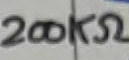
Text: 200KΩ